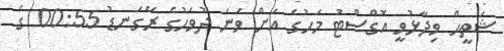
ޝަތީހް ވިދާޅުވީ އޮގްސްޓު މަހުގެ އަށް ވަނަ ދުވަހުގެ ރޭގަނޑު 00:55 ގެ